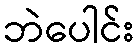
ဘဲပေါင်း